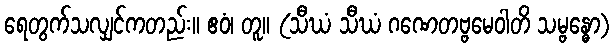
ရေတွက်သလျှင်ကတည်း။ ဧဝံ၊ တူ။ (သီဃံ သီဃံ ဂဏေတဗ္ဗမေဝါတိ သမ္ဗန္ဓော)